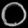
Digit: ၀